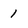
Character: 1